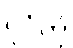
ပုဂံကို